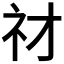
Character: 𥘔